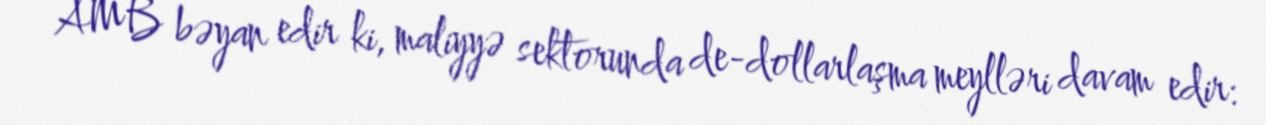
AMB bəyan edir ki, maliyyə sektorunda de-dollarlaşma meylləri davam edir: